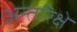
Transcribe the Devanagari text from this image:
अन्तरिक्षे